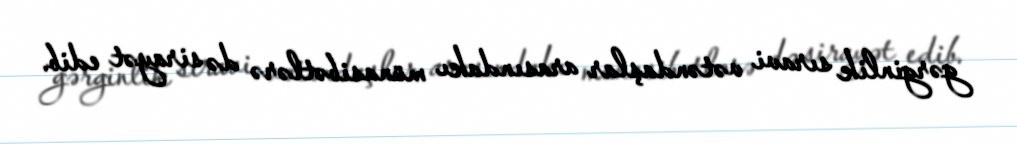
gərginlik sıravi vətəndaşlar arasındakı münasibətlərə də sirayət edib.